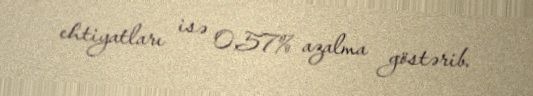
ehtiyatları isə 0,57% azalma göstərib.